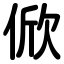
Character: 俽